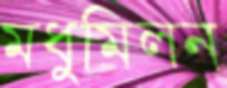
মধুমিলন